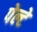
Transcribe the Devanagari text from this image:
पेल्टे